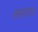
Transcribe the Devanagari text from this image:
सरदाद